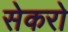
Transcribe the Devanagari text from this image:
सेकरो